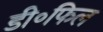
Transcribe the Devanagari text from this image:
डी॰फिल